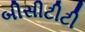
બીસીટીટી